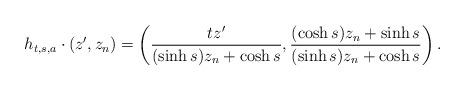
LaTeX: \begin{align*} h_{t,s,a} \cdot (z',z_n) = \left(\frac{tz'}{(\sinh s)z_n + \cosh s}, \frac{(\cosh s) z_n + \sinh s}{(\sinh s)z_n + \cosh s}\right).\end{align*}